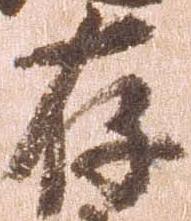
存